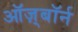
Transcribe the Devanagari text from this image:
ऑज़्बॉर्न